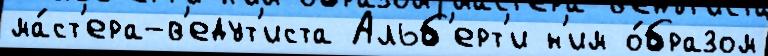
ма́ст'ера-в'едут'иста Альб'ерт'и н'им о́бразом